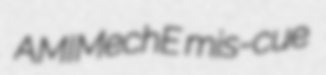
AMIMechE mis-cue